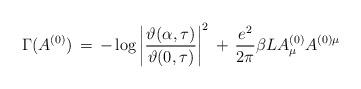
LaTeX: \begin{align*}\Gamma ( A^{(0)}) \,=\, - \log \left|\frac{\vartheta (\alpha , \tau)}{ \vartheta (0,\tau)}\right|^2 \,+\, \frac{e^2}{2\pi}\beta L{ A}^{(0)}_\mu { A}^{(0) \mu}\end{align*}